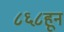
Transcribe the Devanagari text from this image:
८६८हून